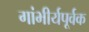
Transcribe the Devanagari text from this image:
गांभीर्यपूर्वक